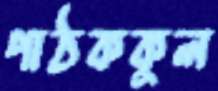
পাঠককুল